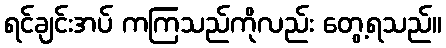
ရင်ချင်းအပ် ကကြသည်ကိုလည်း တွေ့ရသည်။